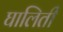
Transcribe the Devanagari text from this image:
घालिती